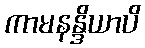
ကာမနန္ဒိယာပိ